Indian Civil Veterinary Department memoirs
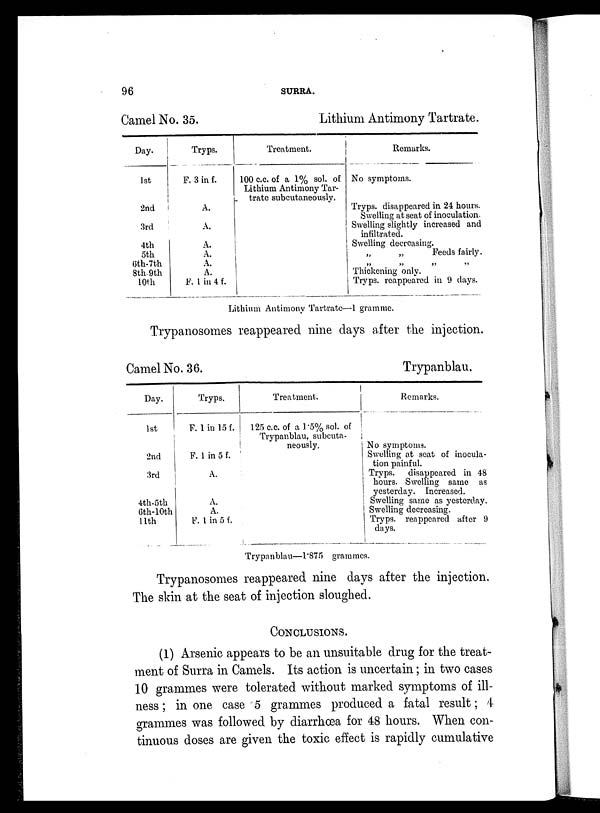
96
SURRA.
Camel No. 35.
Day.
1st
2nd
3rd
4th
5th
(5th-7th
8th.9th
10th
Tryps.
F. 3 in f.
A.
A.
A.
A.
A.
A.
F. 1 in 4 f.
Lithium Antimony Tartrate.
Treatment.
100 cc. of a 1% sol. of
Lithium Antimony Tar-
trate subcutaneously.
Remarks.
No symptoms.
Tryps. disappeared in 24 hours.
Swelling at seat of inoculation.
Swelling slightly increased and
infiltrated.
Swelling decreasing.
„
„
Feeds fairly.
„ „ „ „
Thickening only.
Tryps. reappeared in 9 days.
Lithium Antimony Tartrate—1 gramme.
Trypanosomes reappeared nine days after the injection.
Camel No. 36.
Day.
1st
2nd
3rd
4th-5th
6th-10th
11th
Tryps.
F. 1 in 15 f.
F. 1 in 5 f.
A.
A.
A.
F. 1 in 5 f.
Treatment.
125 c.c. of a 1.5% sol. of
Trypanblau, subcuta-
neously.
Trypanblau.
Remarks.
No symptoms.
Swelling at seat of inocula-
tion painful.
Tryps.
disappeared in 48
hours. Swelling same as
yesterday. Increased.
Swelling same as yesterday.
Swelling decreasing.
Tryps. reappeared after 9
days.
Trypanblau—1.875 grammes.
Trypanosomes reappeared nine days after the injection.
The skin at the seat of injection sloughed.
CONCLUSIONS.
(1) Arsenic appears to be an unsuitable drug for the treat-
ment of Surra in Camels. Its action is uncertain; in two cases
10 grammes were tolerated without marked symptoms of ill-
ness ; in one case 5 grammes produced a fatal result; 4
grammes was followed by diarrhœa for 48 hours. When con-
tinuous doses are given the toxic effect is rapidly cumulative